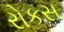
રોકસ